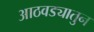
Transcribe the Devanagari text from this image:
आठवड्यातुन